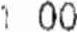
1.00